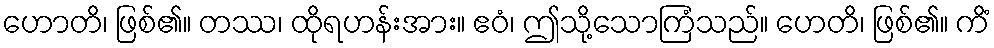
ဟောတိ၊ ဖြစ်၏။ တဿ၊ ထိုရဟန်းအား။ ဧဝံ၊ ဤသို့သောကြံသည်။ ဟေတိ၊ ဖြစ်၏။ ကိံ